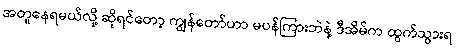
အတူနေရမယ်လို့ ဆိုရင်တော့ ကျွန်တော်ဟာ မပန်ကြားဘဲနဲ့ ဒီအိမ်က ထွက်သွားရ